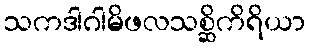
သကဒါဂါမိဖလသစ္ဆိကိရိယာ